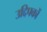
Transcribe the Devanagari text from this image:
उद्दिपकों